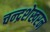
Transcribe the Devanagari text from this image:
चन्‍द्रशेखरन